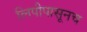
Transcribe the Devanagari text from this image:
लिपीपासूनच